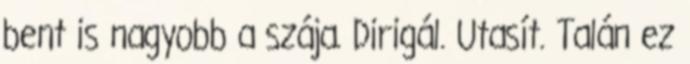
bent is nagyobb a szája. Dirigál. Utasít. Talán ez